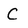
Character: C